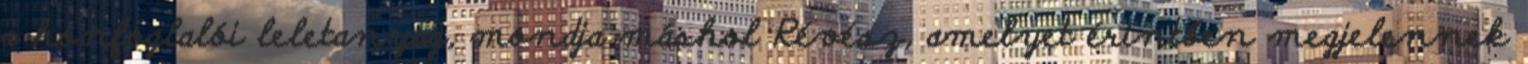
a honfoglalói leletanyag, mondja máshol Révész, amelyet érintően megjelennek